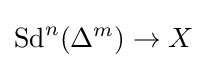
\operatorname {Sd} ^{n}(\Delta ^{m})\rightarrow X